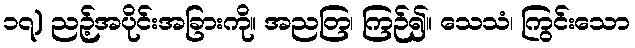
၁၇) ညဉ့်အပိုင်းအခြားကို။ အညတြ၊ ကြဉ်၍။ သေသံ၊ ကြွင်းသော